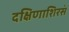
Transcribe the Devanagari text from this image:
दक्षिणाशिरसं